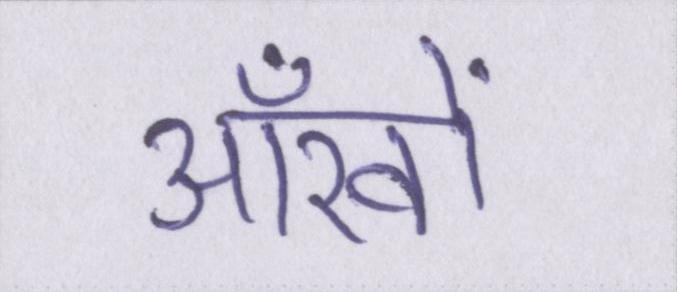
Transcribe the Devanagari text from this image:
आँखों